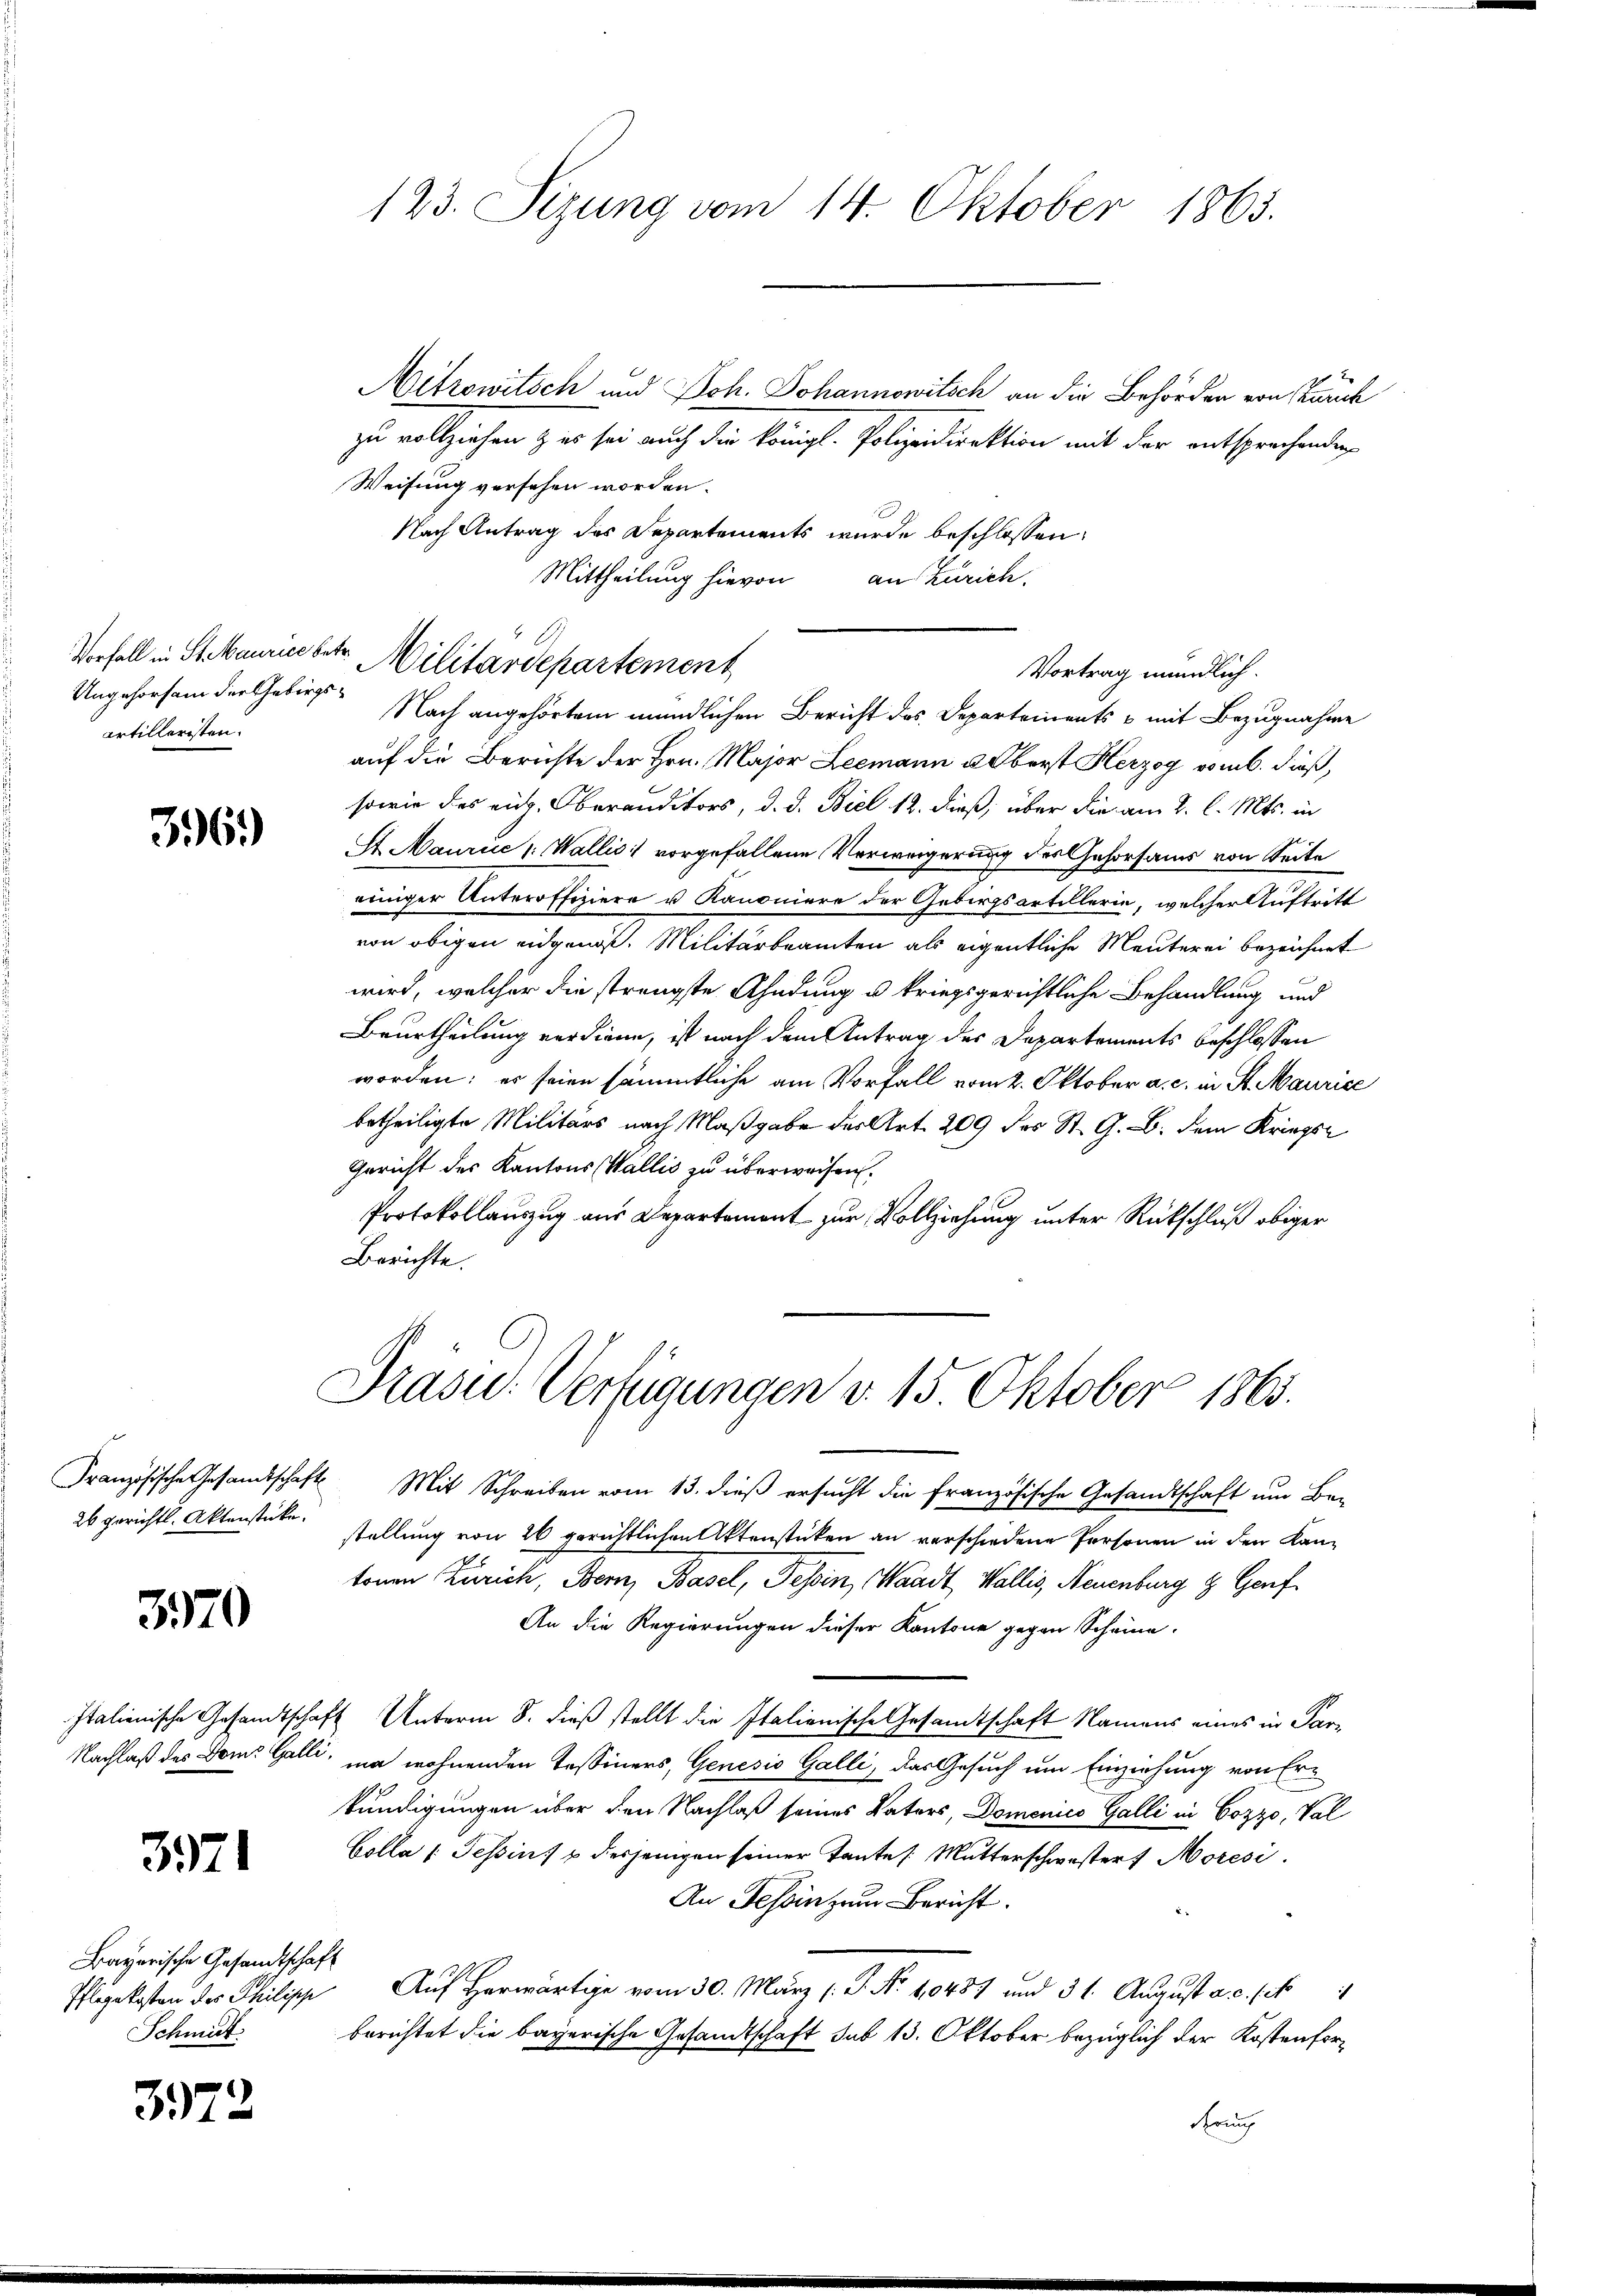
Ungehorsam der Gebirgsartilleristen.

396.)

370

3971

Bayerische Gesandtschaft
Schmit

3972

123. Sizung vom 14. Oktober 1865.

Aitrowitsch und Joh. Johannowitsch an die Behörden von Zürich
zu vollziehen & es sei auch der Königl. Polizeidirektion mit der entsprechenden
Weisung versehen worden.
Nach Antrag des Departements wurde beschlossen:
Mittheilung hievon an Zürich.
Nach angehörtem mündlichen Bericht des Departements & mit Bezugnahme
auf die Berichte der Hrn. Major Leemann u. Oberst Herzog vom 6. dieß,
sowie das eidg. Oberanditors, d. d. Biel 12. dieß, über die am 2. l. Mts. in
St. Maurice " Wallis vorgefallene Verweigerung des Gehorsams von Seite
einiger Unteroffiziere u Kanoniere der Gebirgsartillerie, welcher Auftritt
von obigen eidgenöß. Militärbeamten als eigentliche Menterei bezeichnet
wird, welcher die strengste Ahndung u. kriegsgerichtliche Behandlung und
Beurtheilung verdiene, ist nach dem Antrag des Departements beschlossen
worden; es seien sämmtliche am Vorfall vom 2. Oktober a. c. in St. Maurice
betheiligte Militärs nach Maßgabe des Art. 209 des St. G. B. dem Kriegs
Gericht des Kantons Wallis zu überweisen.
Protokollauszug aus Departement zur Vollziehung unter Rückschluß obiger
Berichte.

Vorfall in St. Maurice betr. Militärdepartement

Vortrag mündlich.

Präsid. Verfügungen v. 15. Oktober 1865.

Französische Gesandtschaft Mit Schreiben vom 13. dieß ersucht die französische Gesandtschaft um Be-
26 gerichtl. Aktenstücke stellung von 26 gerichtlichen Aktenstücken an verschiedene Personen in den Kantonen Zürich, Bern, Basel, Tessin, Waadt, Wallis, Neuenburg & Genf
An die Regierungen dieser Kantone gegen Scheine
Italienische Gesandtschaft Unterm 8. dieß stellt die Italienische Gesamtschaft Namens eines in Par¬
Nachlaß des Dom. Galli, ja wohnenden Tessiners, Genesis Galli, das Gesuch um Einziehung von Erkundigungen über den Nachlaß seines Vaters, Domenico Galli in Cozzo, Val
Colla /: Tessin, 1 desjenigen seiner Tante : Mutterschwestert Moresi
An Tessin zum Bericht.
Pflegekosten des Philipp Auf herwärtig vom 30. März (: P. Nr. 10487 und 31. August a. c. st
berichtet die bayerische Gesandtschaft sub 13. Oktober bezüglich der Kostenfor¬
Errung